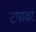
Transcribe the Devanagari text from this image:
टपावर